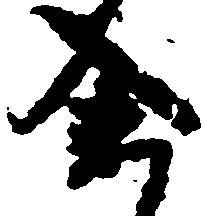
余